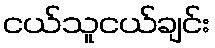
ငယ်သူငယ်ချင်း